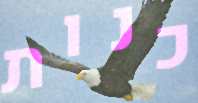
כנות